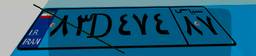
۶۴D۳۱۲۹۳